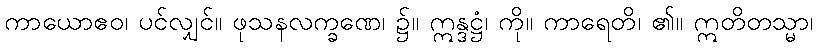
ကာယောဧဝ၊ ပင်လျှင်။ ဖုသနလက္ခဏေ၊ ၌။ ဣန္ဒဋ္ဌံ၊ ကို။ ကာရေတိ၊ ၏။ ဣတိတသ္မာ၊